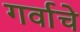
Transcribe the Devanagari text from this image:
गर्वाचे